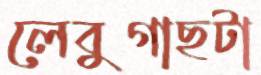
লেবুগাছটা